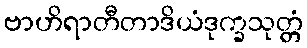
ဗာဟိရာတီတာဒိယံဒုက္ခသုတ္တံ